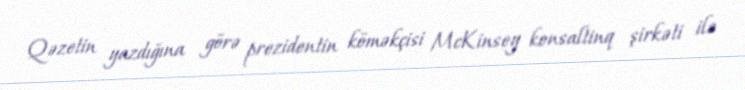
Qəzetin yazdığına görə prezidentin köməkçisi McKinsey konsaltinq şirkəti ilə